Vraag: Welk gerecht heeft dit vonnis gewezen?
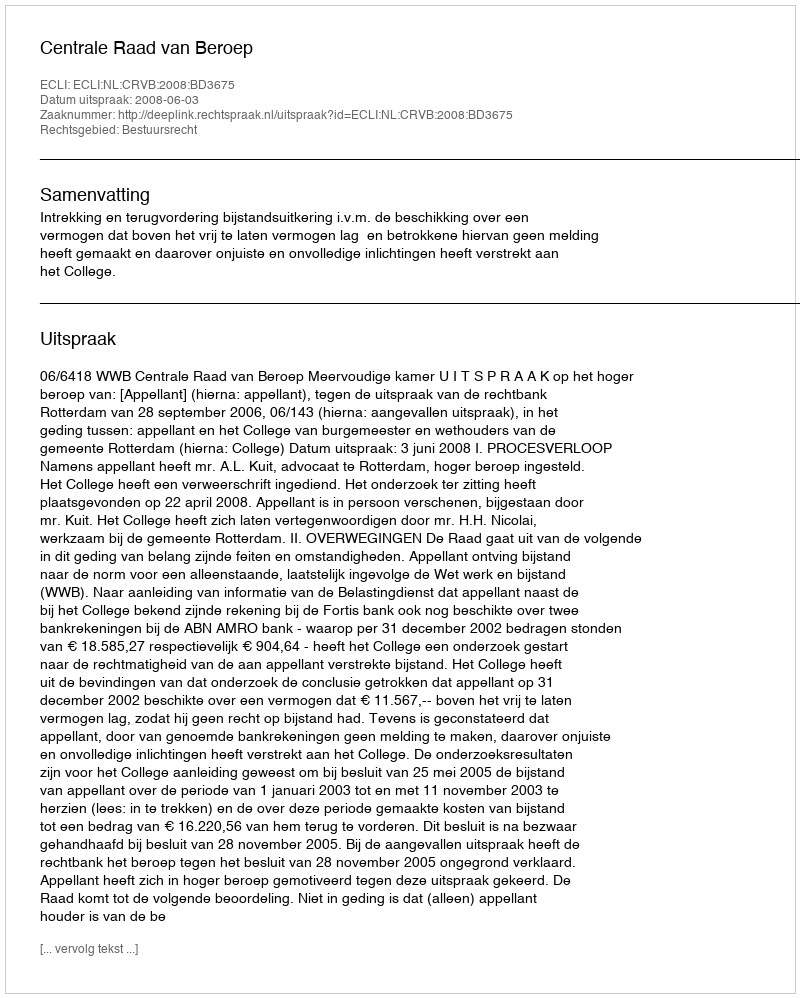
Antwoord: Centrale Raad van Beroep